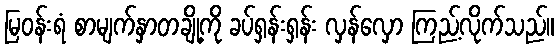
မြဝန်းရံ စာမျက်နှာတချို့ကို ခပ်ရှန်းရှန်း လှန်လှော ကြည့်လိုက်သည်။